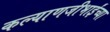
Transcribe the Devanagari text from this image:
कल्याणजीभाईंच्या